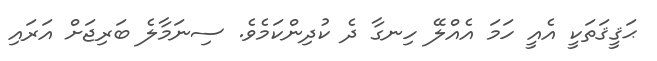
ޙަޤީޤަތަކީ އެއީ ހަމަ އެއްލޭ ހިނގާ ދެ ކުދިންކަމެެވެ. ސިނަމާލެ ބަރިޖަށް އަރައި